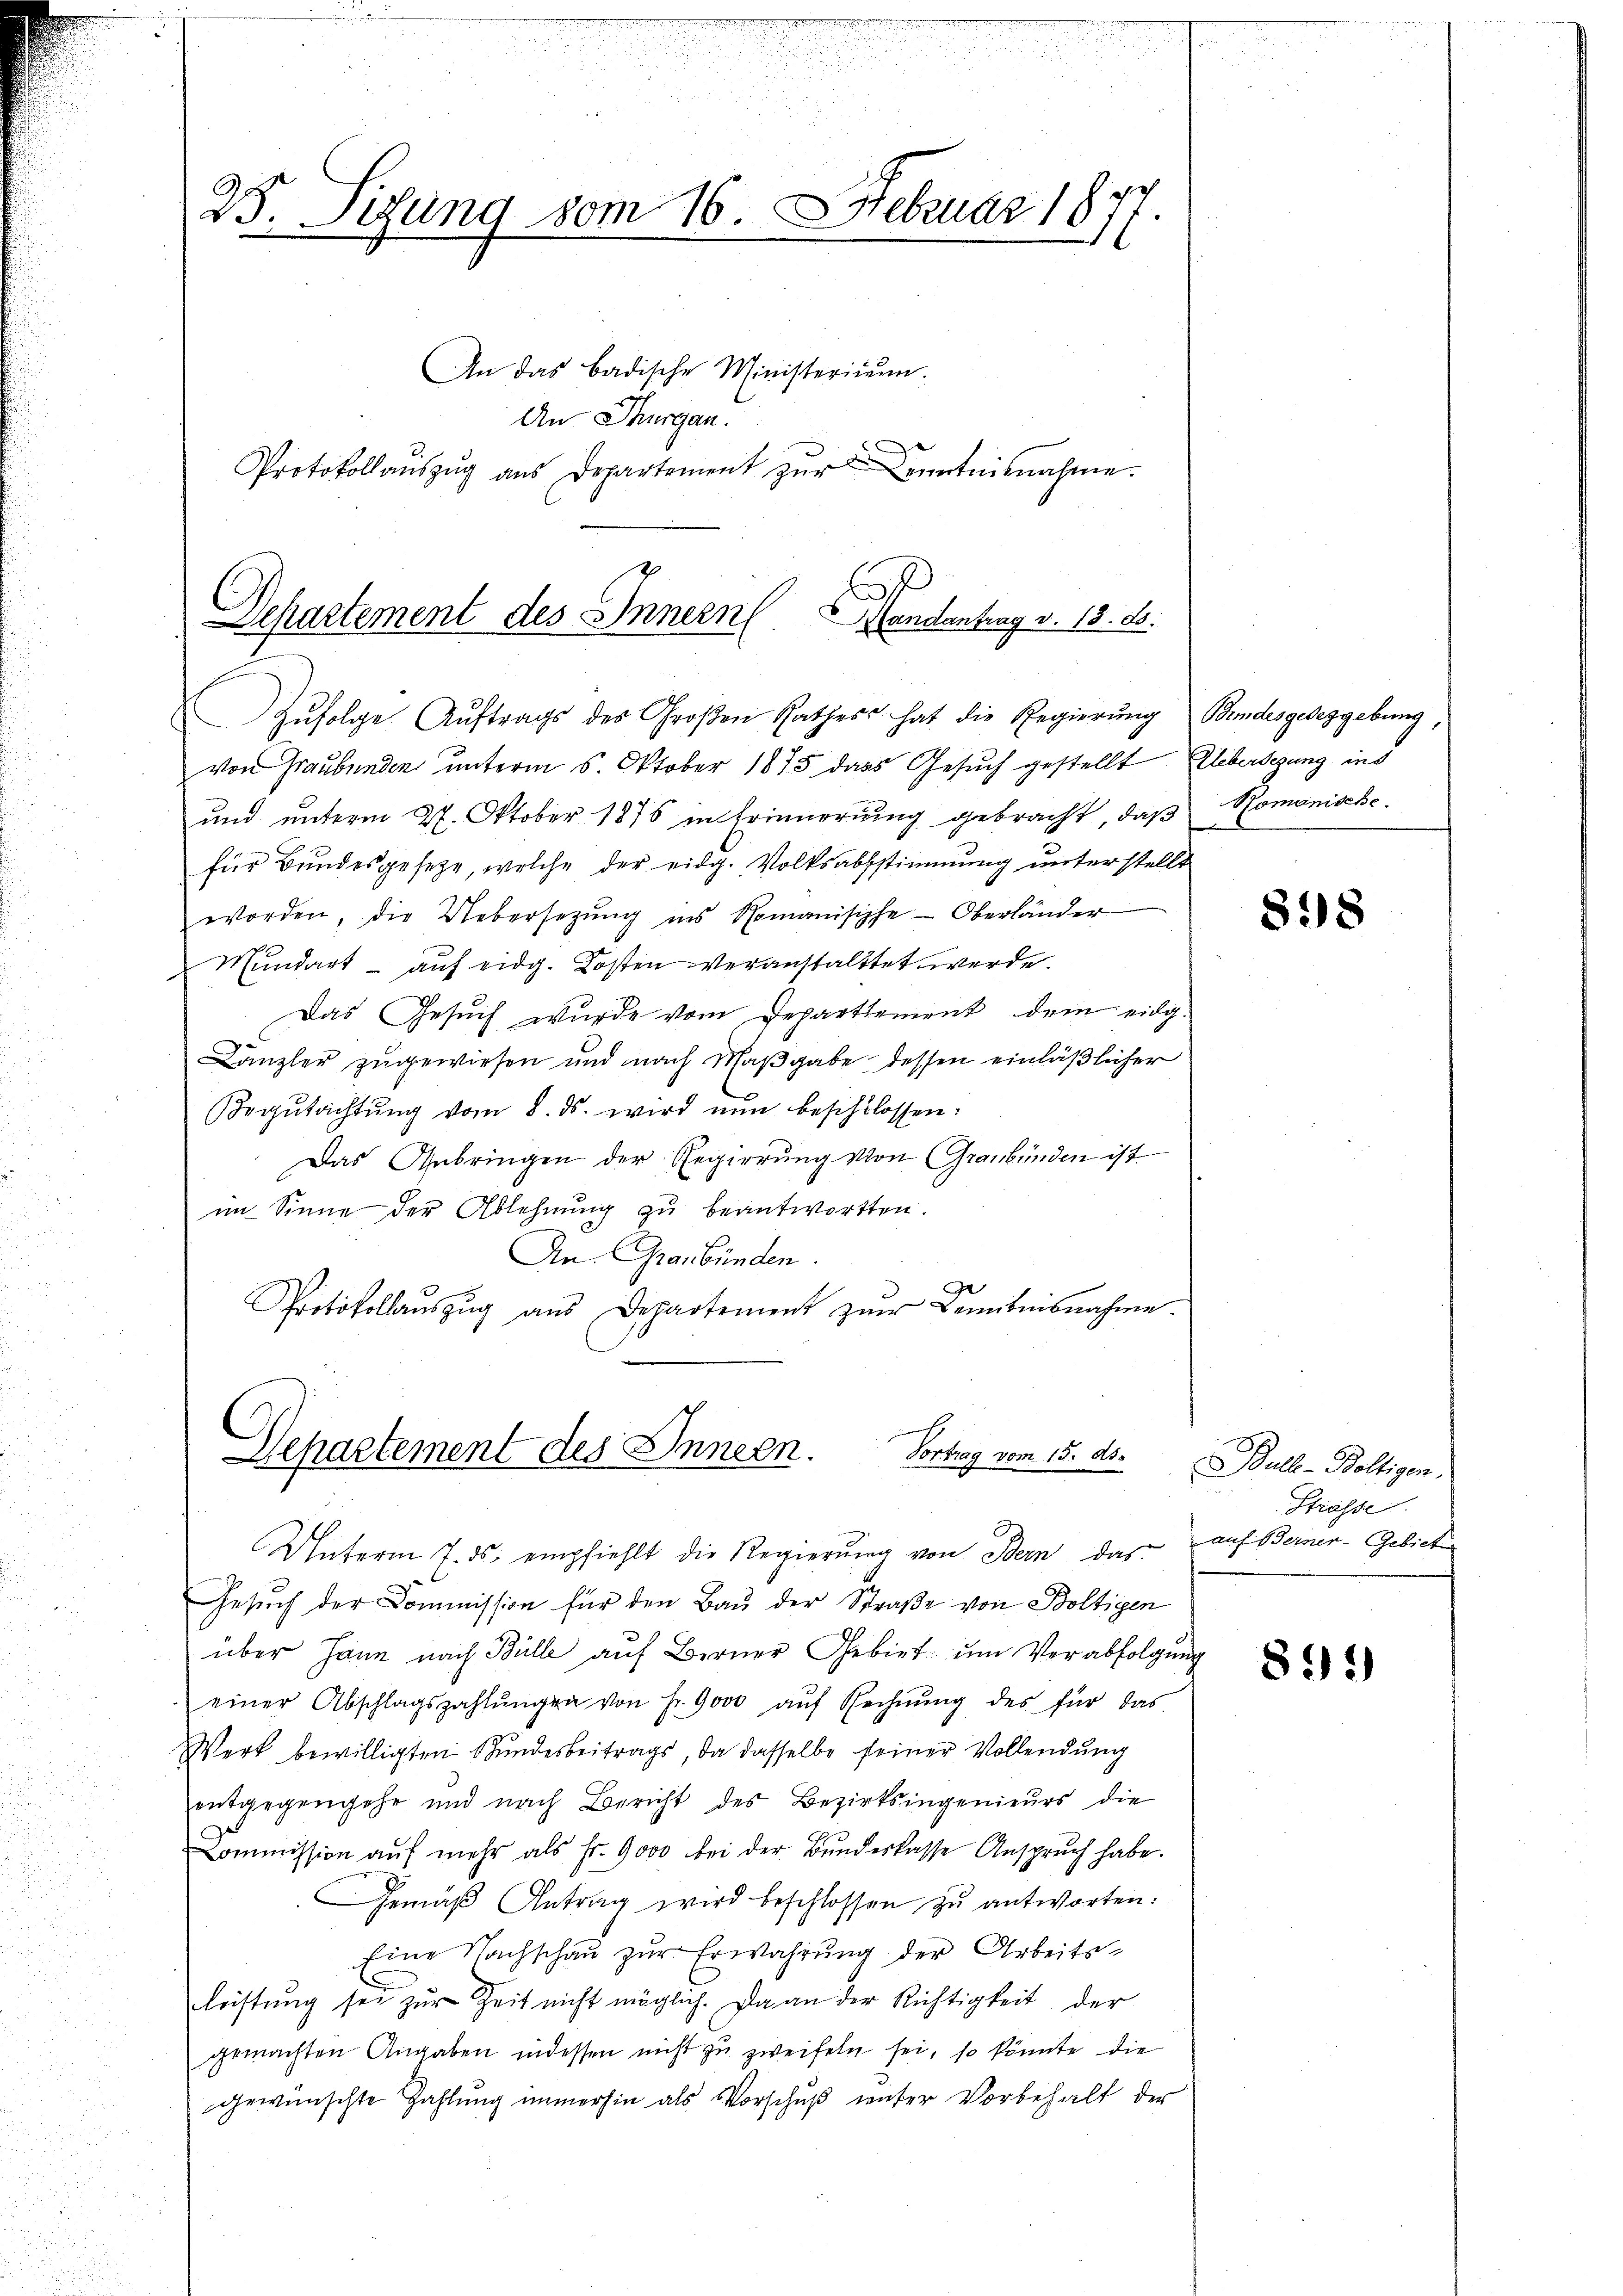
25. Sizung vom 16. Februar 18
)
An das badische Ministerie.
An Thurgau.
Protokollaŭszŭg aŭs Departement zŭr Kenntnisnahme.

Departement des Innern. Handantrag v. 18. d.

Zŭfolge Aŭftrags des Großen Rathes hat die Regierŭng Bindesgeseggebung,
von Graubünden unterm 6. Oktober 1875 dass Gesuch gestellt liberlegung ins
ŭnd ŭnterm 27. Oktober 1876 in Erinnerŭng gebracht, daβ Romanische
für Bundesgesetze, welche der eidg. Volksabstimmung unterstellt
worden, die Uebersetzŭng ins Romanisiphe-Oberländer
Mundart auf eidg. Kosten veranstalttet werde.
Das Gesuch wurde vom Departement dem eidg.
Canzler zugewiesen und nach Maßgabe dessen einläßlicher
Begŭtachtŭng vom 8. ds. wird nun beschlossen:
Das Anbringen der Regierung von Graubünden ist
im Sinne der Ablehnung zu beantworten.
An Graubünden.
Protokollaŭszŭg aŭs Departement zŭr Comitnisnahme.

Vortrag vom 15. ds.
Departement des Innern.

Unterm 7. ds. empfiehlt die Regierŭng von Bern, das
Gesŭch der Commission für den Bau der Straße von Boltigen
über Jann nach Bülle auf Berner Gebiet um Verabfolgung
einer Abschlagszahlŭngen von Fr. 9000 aŭf Rechnŭng des für das
Werk bewilligten Bundesbeitrags, da dasselbe seiner Vollendung
entgegengehe und nach Bericht des Bezirksingenieurs die
Commission aŭf mehr als Fr. 9000 bei der Bŭndeskasse Ansprŭch habe.
Gemäβ Antrag wird beschlossen zu antworten:
Eine Nachschaŭ zŭr Erwahrung der Arbeits-
leistung sei zur Zeit nicht möglich. Da an der Richtigkeit, der
gemachten Angaben indessen nicht zu zweifeln sei, so könnte die
gewünschte Zahlŭng immerhin als Vorschŭβ unter Vorbehalt der

898

Bulle - Boltigen.
Strasse
auf Berner-Gebiete

81)